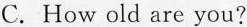
C.How old are you?